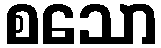
စသော